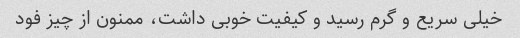
خیلی سریع و گرم رسید و کیفیت خوبی داشت، ممنون از چیز فود